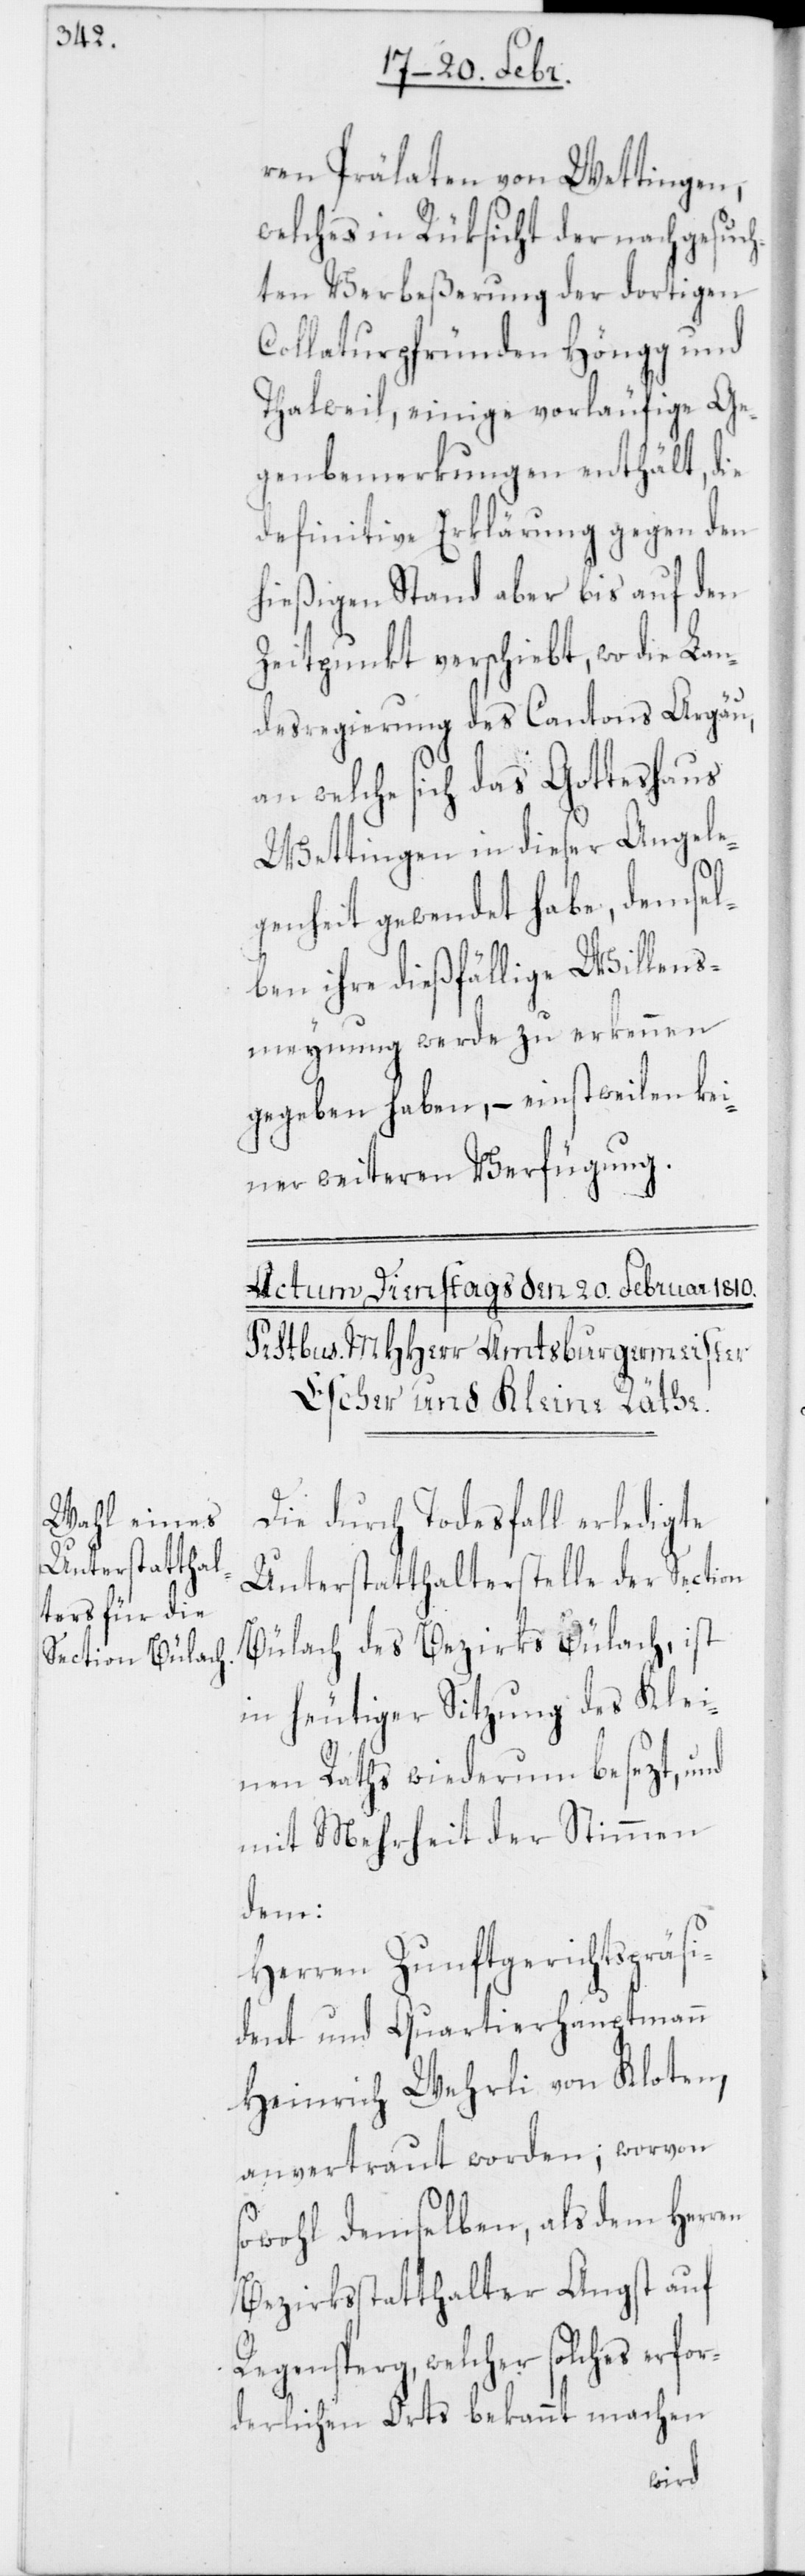
ren Prälaten von Wettingen,
welches in Rüksicht der nachgesuch¬
ten Verbeßerung der dortigen
Collaturpfründen Höngg und
Thalweil, einige vorläufige Ge¬
genbemerkungen enthält, die
definitive Erklärung gegen den
hießigen Stand aber bis auf den
Zeitpunkt verschiebt, wo die Lan¬
desregierung des Cantons Argäu,
an welche sich das Gotteshaus
Wettingen in dieser Angele¬
genheit gewendet habe, demsel¬
ben ihre dießfällige Willens¬
meynung werde zu erkennen
gegeben haben, – einstweilen ke¬
iner weiteren Verfügung.
Die durch Todesfall erledigte
Unterstatthalterstelle der Section
Bülach des Bezirks Bülach, ist
in heutiger Sitzung des Klei¬
nen Raths wiederum besezt, und
mit Mehrheit der Stimmen
en
Herren Zunftgerichtspräs¬
ident und Quartierhauptmann
Heinrich Wehrli von Kloten,
anvertraut worden; worvon
sowohl demselben, als dem Herr¬
Bezirksstatthalter Angst auf
Regensperg, welcher solches erfor¬
derlichen Orts bekannt machen